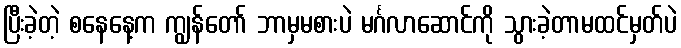
ပြီးခဲ့တဲ့ စနေနေ့က ကျွန်တော် ဘာမှမစားပဲ မင်္ဂလာဆောင်ကို သွားခဲ့တာမထင်မှတ်ပဲ